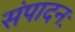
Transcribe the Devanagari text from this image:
संपादनः